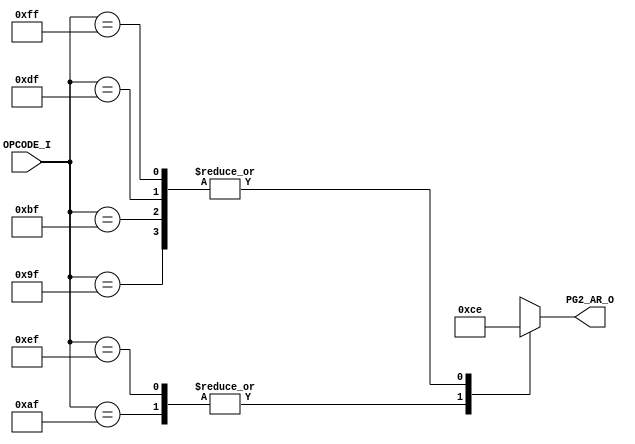
// [TURBO9_DECODE_HEADER_START]
//////////////////////////////////////////////////////////////////////////////
//                          Turbo9 Microprocessor IP
//////////////////////////////////////////////////////////////////////////////
// Website: www.turbo9.org
// Contact: team[at]turbo9[dot]org
//////////////////////////////////////////////////////////////////////////////
// [TURBO9_DECODE_LICENSE_START]
// BSD-1-Clause
//
// Copyright (c) 2020-2023
// Kevin Phillipson
// Michael Rywalt
// All rights reserved.
//
// Redistribution and use in source and binary forms, with or without
// modification, are permitted provided that the following conditions are met:
//
// 1. Redistributions of source code must retain the above copyright notice,
//    this list of conditions and the following disclaimer.
//
// THIS SOFTWARE IS PROVIDED BY THE COPYRIGHT HOLDERS AND CONTRIBUTORS "AS IS"
// AND ANY EXPRESS OR IMPLIED WARRANTIES, INCLUDING, BUT NOT LIMITED TO, THE
// IMPLIED WARRANTIES OF MERCHANTABILITY AND FITNESS FOR A PARTICULAR PURPOSE
// ARE DISCLAIMED. IN NO EVENT SHALL THE COPYRIGHT HOLDERS AND CONTRIBUTORS BE
// LIABLE FOR ANY DIRECT, INDIRECT, INCIDENTAL, SPECIAL, EXEMPLARY, OR
// CONSEQUENTIAL DAMAGES (INCLUDING, BUT NOT LIMITED TO, PROCUREMENT OF
// SUBSTITUTE GOODS OR SERVICES; LOSS OF USE, DATA, OR PROFITS; OR BUSINESS
// INTERRUPTION) HOWEVER CAUSED AND ON ANY THEORY OF LIABILITY, WHETHER IN
// CONTRACT, STRICT LIABILITY, OR TORT (INCLUDING NEGLIGENCE OR OTHERWISE)
// ARISING IN ANY WAY OUT OF THE USE OF THIS SOFTWARE, EVEN IF ADVISED OF THE
// POSSIBILITY OF SUCH DAMAGE.
// [TURBO9_DECODE_LICENSE_END]
//////////////////////////////////////////////////////////////////////////////
// Description:
// Assembled from turbo9_urtl.asm file
// built using cv_AR_SEL ctrl_vec
//
//////////////////////////////////////////////////////////////////////////////
// History:
// 07.14.2023 - Kevin Phillipson
//   File header added
//
//////////////////////////////////////////////////////////////////////////////
// [TURBO9_DECODE_HEADER_END]

/////////////////////////////////////////////////////////////////////////////
//                                MODULE
/////////////////////////////////////////////////////////////////////////////
module turbo9_urtl_decode_pg2_AR(
  input      [7:0] OPCODE_I,
  output reg [3:0] PG2_AR_O
);

/////////////////////////////////////////////////////////////////////////////
//                                LOGIC
/////////////////////////////////////////////////////////////////////////////

always @* begin
  case (OPCODE_I)
    8'h9F : PG2_AR_O = 4'he; // IDATA       STY (dir ext)
    8'hAF : PG2_AR_O = 4'hc; // EA          STY (idx)
    8'hBF : PG2_AR_O = 4'he; // IDATA       STY (dir ext)
    8'hDF : PG2_AR_O = 4'he; // IDATA       STS (dir ext)
    8'hEF : PG2_AR_O = 4'hc; // EA          STS (idx)
    8'hFF : PG2_AR_O = 4'he; // IDATA       STS (dir ext)
    default : PG2_AR_O = 4'hx; // from decode_init
  endcase
end

`ifdef SIM_TURBO9

reg [(8*64):0] PG2_AR_op;

always @* begin
  case (OPCODE_I)
    8'h9F : PG2_AR_op = "STY (dir ext)";
    8'hAF : PG2_AR_op = "STY (idx)";
    8'hBF : PG2_AR_op = "STY (dir ext)";
    8'hDF : PG2_AR_op = "STS (dir ext)";
    8'hEF : PG2_AR_op = "STS (idx)";
    8'hFF : PG2_AR_op = "STS (dir ext)";
    default : PG2_AR_op = "invalid";
  endcase
end

reg [(8*64):0] PG2_AR_eq;

always @* begin
  case (OPCODE_I)
    8'h9F : PG2_AR_eq = "IDATA";
    8'hAF : PG2_AR_eq = "EA";
    8'hBF : PG2_AR_eq = "IDATA";
    8'hDF : PG2_AR_eq = "IDATA";
    8'hEF : PG2_AR_eq = "EA";
    8'hFF : PG2_AR_eq = "IDATA";
    default : PG2_AR_eq = "invalid";
  endcase
end

`endif

/////////////////////////////////////////////////////////////////////////////

endmodule